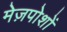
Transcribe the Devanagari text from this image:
मेज़पोशों